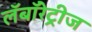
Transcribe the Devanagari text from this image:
लॅबॉरेट्रीज